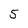
Character: 5